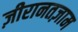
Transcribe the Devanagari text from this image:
ज़ीरानतज़ाम